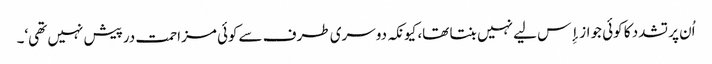
اُن پر تشدد کا کوئی جواز إِس لیے نہیں بنتا تھا، کیونکہ دوسری طرف سےکوئی مزاحمت درپیش نہیں تھی‘۔